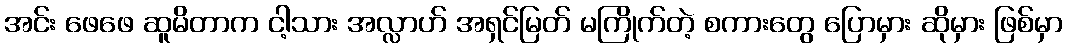
အင်း ဖေဖေ ဆူမိတာက ငါ့သား အလ္လာဟ် အရှင်မြတ် မကြိုက်တဲ့ စကားတွေ ပြောမှား ဆိုမှား ဖြစ်မှာ